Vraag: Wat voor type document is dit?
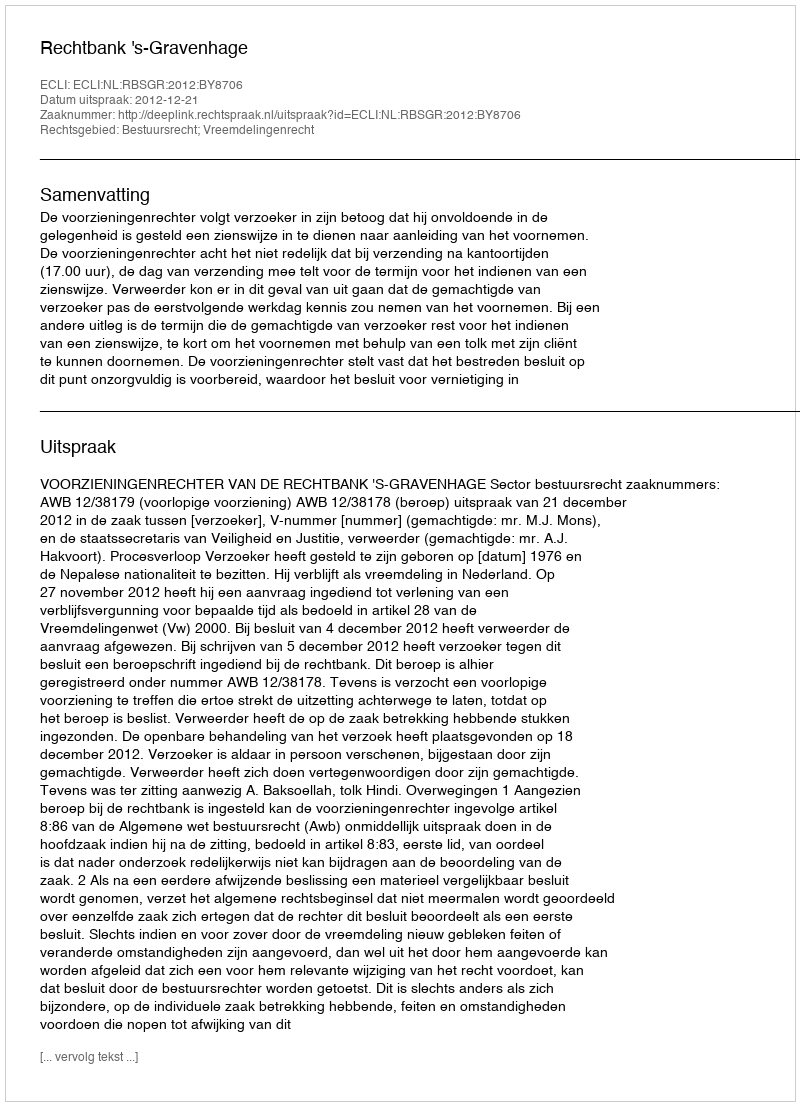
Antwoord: Uitspraak